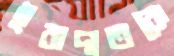
ইবাদাতকে